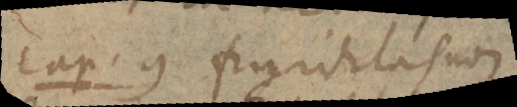
cap. 9 Frigiditas non